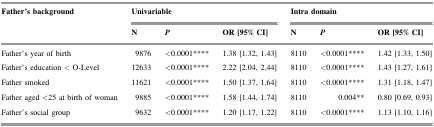
<table><thead><tr><td><b>Father’s background</b></td><td colspan="3"><b>Univariable</b></td><td colspan="3"><b>Intra domain</b></td></tr><tr><td></td><td><b>N</b></td><td><b><i>P</i></b></td><td><b>OR [95% CI]</b></td><td><b>N</b></td><td><b><i>P</i></b></td><td><b>OR [95% CI]</b></td></tr></thead><tbody><tr><td>Father’s year of birth</td><td>9876</td><td>&lt;0.0001****</td><td>1.38 [1.32, 1.43]</td><td>8110</td><td>&lt;0.0001****</td><td>1.42 [1.33, 1.50]</td></tr><tr><td>Father’s education &lt; O-Level</td><td>12633</td><td>&lt;0.0001****</td><td>2.22 [2.04, 2.44]</td><td>8110</td><td>&lt;0.0001****</td><td>1.43 [1.27, 1.61]</td></tr><tr><td>Father smoked</td><td>11621</td><td>&lt;0.0001****</td><td>1.50 [1.37, 1.64]</td><td>8110</td><td>&lt;0.0001****</td><td>1.31 [1.18, 1.47]</td></tr><tr><td>Father aged &lt;25 at birth of woman</td><td>9885</td><td>&lt;0.0001****</td><td>1.58 [1.44, 1.74]</td><td>8110</td><td>0.004**</td><td>0.80 [0.69, 0.93]</td></tr><tr><td>Father’s social group</td><td>9632</td><td>&lt;0.0001****</td><td>1.20 [1.17, 1.22]</td><td>8110</td><td>&lt;0.0001****</td><td>1.13 [1.10, 1.16]</td></tr></tbody></table>